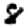
Digit: 8